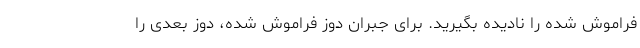
فراموش شده را نادیده بگیرید. برای جبران دوز فراموش شده، دوز بعدی را